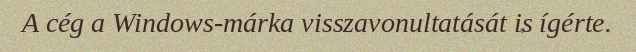
A cég a Windows-márka visszavonultatását is ígérte.